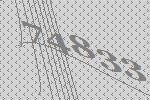
74833